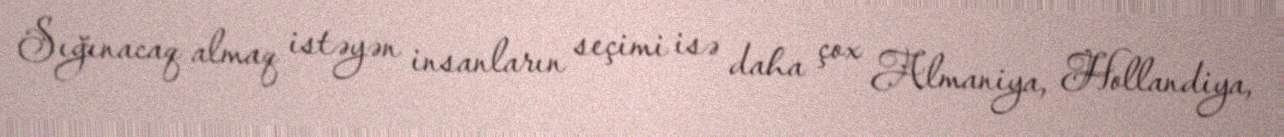
Sığınacaq almaq istəyən insanların seçimi isə daha çox Almaniya, Hollandiya,